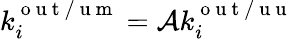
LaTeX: k_{i}^{\mathrm{~o~u~t~/~u~m~}}=\mathcal{A}k_{i}^{\mathrm{~o~u~t~/~u~u~}}